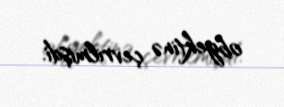
obyektinə çevrilmişdi.